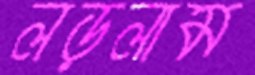
লড়লাম